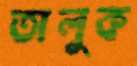
তালুক